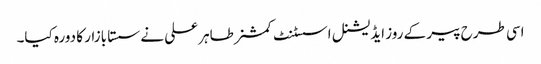
اسی طرح پیر کے روز ایڈیشنل اسسٹنٹ کمشنر طاہر علی نے سستا بازار کا دورہ کیا۔